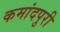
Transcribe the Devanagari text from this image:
कमांदपुरी